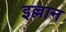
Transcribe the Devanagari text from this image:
इल्लान